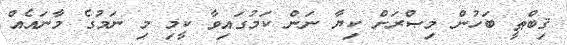
ޤިބްޠީ ބަހުން މިޞްރަށް ކިޔާ ނަން ކަމުގައިވާ ކީމި މި ނަމުގެ މާނައެއް